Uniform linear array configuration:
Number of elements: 8
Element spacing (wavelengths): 0.25
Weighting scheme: uniform
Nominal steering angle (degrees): -60
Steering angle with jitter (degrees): -59.052
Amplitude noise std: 0.05
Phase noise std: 0.05

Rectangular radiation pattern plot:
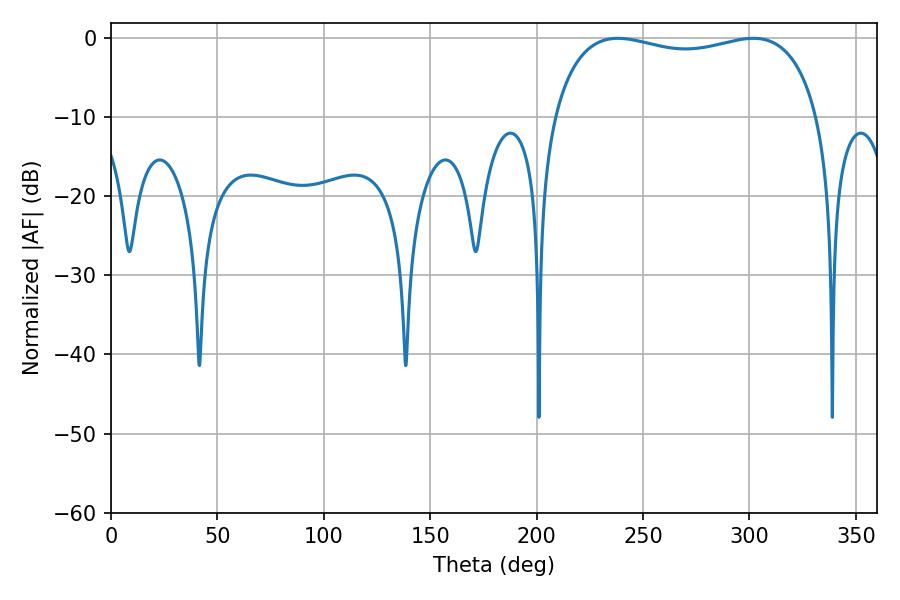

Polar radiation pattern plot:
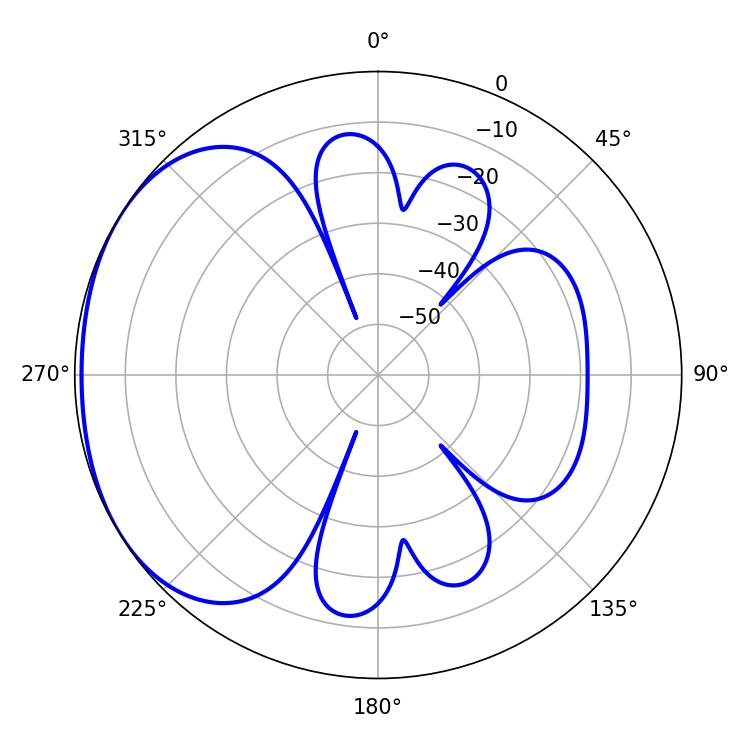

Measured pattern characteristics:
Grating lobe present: FALSE
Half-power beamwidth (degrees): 101.88
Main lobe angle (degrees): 238.14